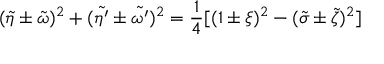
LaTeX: ( \tilde { \eta } \pm \tilde { \omega } ) ^ { 2 } + ( \tilde { \eta ^ { \prime } } \pm \tilde { \omega ^ { \prime } } ) ^ { 2 } = \frac 1 4 [ ( 1 \pm \xi ) ^ { 2 } - ( \tilde { \sigma } \pm \tilde { \zeta } ) ^ { 2 } ]